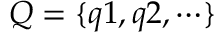
Q = \{ q 1 , q 2 , \cdots \}